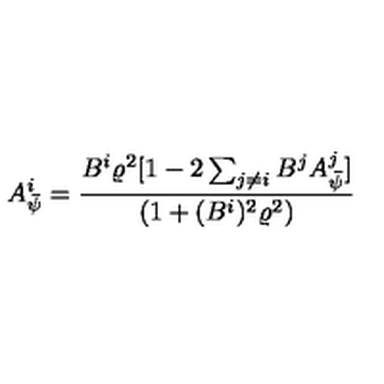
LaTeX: A _ { \bar { \psi } } ^ { i } = \frac { B ^ { i } \varrho ^ { 2 } [ 1 - 2 \sum _ { j \neq i } B ^ { j } A _ { \bar { \psi } } ^ { j } ] } { ( 1 + ( B ^ { i } ) ^ { 2 } \varrho ^ { 2 } ) }